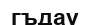
гъдау